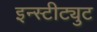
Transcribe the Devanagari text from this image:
इन्स्टीट्युट